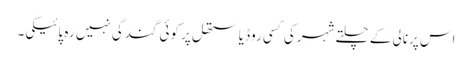
اس پرنالی کے چلتے شہر کی کسی روڈ یا ستھل پر کوئی گندگی نہیں رہ پائیگی۔